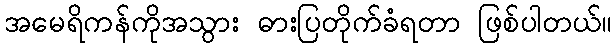
အမေရိကန်ကိုအသွား ဓားပြတိုက်ခံရတာ ဖြစ်ပါတယ်။